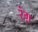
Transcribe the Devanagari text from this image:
रंग़